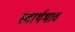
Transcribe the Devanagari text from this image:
स्वार्थभाव